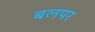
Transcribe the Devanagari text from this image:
बलपर